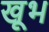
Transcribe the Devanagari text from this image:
खूभ